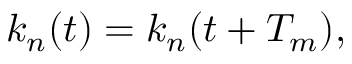
k _ { n } ( t ) = k _ { n } ( t + T _ { m } ) ,